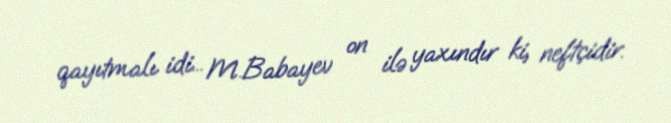
qayıtmalı idi... M.Babayev on ilə yaxındır ki, neftçidir.